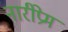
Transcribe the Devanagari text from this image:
नारीप्रेम